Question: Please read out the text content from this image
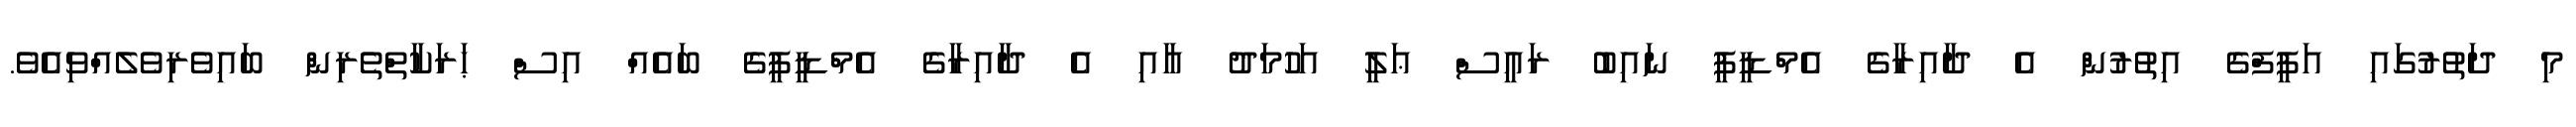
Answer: މި ދަތުރުގައި އަފީފްގެ އިތުރުން އެ ދާއިރާގެ އެމްޑީޕީ ނައިބު ރައީސް ޢަލީ އަހުމަދު އާއި އެ ދާއިރާގެ އެމްޑީޕީގެ ބައެއް އިސް ޙަރަކާތްތެރިން ބައިވެރިވެލެއްވިއެވެ.